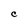
Character: C